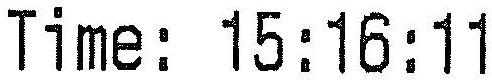
TIME: 15:16:11